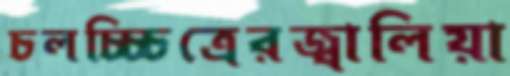
চলচ্চ্চিত্রেরজ্বালিয়া